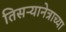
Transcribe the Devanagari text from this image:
तिसऱ्यानेत्राच्या